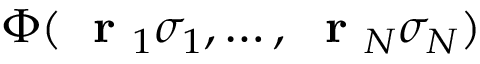
\Phi ( \mathrm { ~ \bf ~ r ~ } _ { 1 } \sigma _ { 1 } , \dots , \mathrm { ~ \bf ~ r ~ } _ { N } \sigma _ { N } )